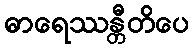
ဓာရေဿန္တီတိပေ